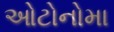
ઓટોનોમા